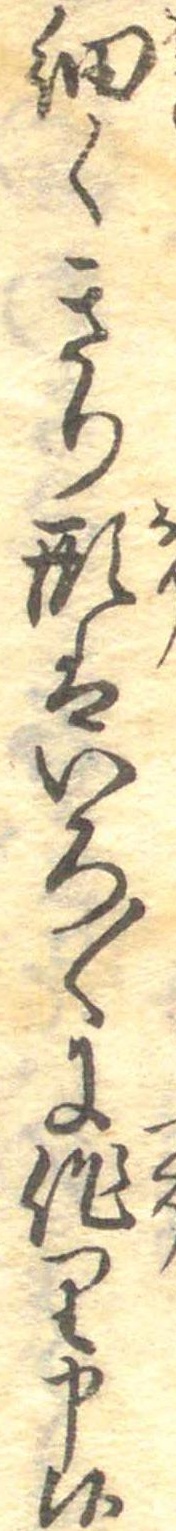
細くきり形はいろ〱に作り申候